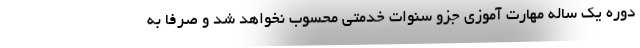
دوره یک ساله مهارت آموزی جزو سنوات خدمتی محسوب نخواهد شد و صرفا به